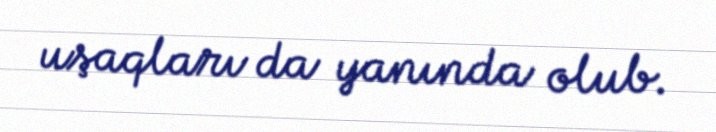
uşaqları da yanında olub.